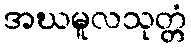
အဃမူလသုတ္တံ